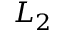
L _ { 2 }